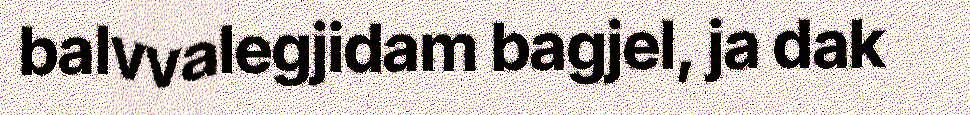
balvvalegjidam bagjel, ja dak